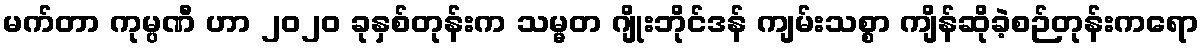
မက်တာ ကုမ္ပဏီ ဟာ ၂၀၂၀ ခုနှစ်တုန်းက သမ္မတ ဂျိုးဘိုင်ဒန် ကျမ်းသစ္စာ ကျိန်ဆိုခဲ့စဉ်တုန်းကရော